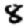
Digit: 8